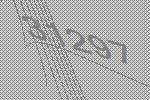
31297